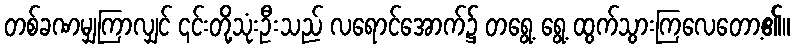
တစ်ခဏမျှကြာလျှင် ၎င်းတို့သုံးဦးသည် လရောင်အောက်၌ တရွေ့ ရွေ့ ထွက်သွားကြလေတော့၏။